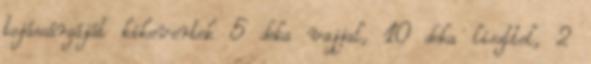
tojássárgáját kikevertek 5 deka vajjal, 10 deka liszttel, 2